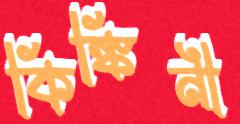
কিঙ্কিনী